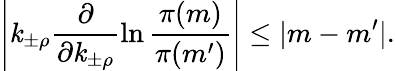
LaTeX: \left|\mathit{k}_{\pm\rho}\frac{{\partial}}{{\partial\mathit{k}_{\pm\rho}}}\ln\frac{{\pi(m)}}{{\pi(m^{\prime})}}\right|\leq|m-m^{\prime}|.